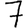
Digit: 7